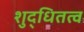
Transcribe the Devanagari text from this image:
शुद्धितत्व